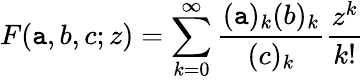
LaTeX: F(\mathtt{a},b,c;z)=\sum_{k=0}^{\infty}\frac{{(\mathtt{a})_{k}(b)_{k}}}{{(c)_{k}}}\frac{{z^{k}}}{{k!}}